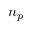
n _ { p }